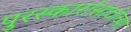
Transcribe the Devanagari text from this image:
पुरस्कारांसाठीच्या